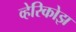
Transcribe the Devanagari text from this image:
व्हेरिकोझ